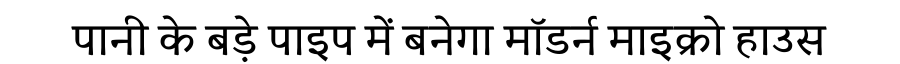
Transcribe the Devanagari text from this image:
पानी के बड़े पाइप में बनेगा मॉडर्न माइक्रो हाउस